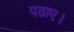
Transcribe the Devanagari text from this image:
पठाए।